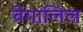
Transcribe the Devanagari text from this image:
वेंगालिल